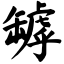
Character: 罅